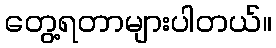
တွေ့ရတာများပါတယ်။